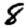
Digit: 8